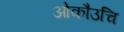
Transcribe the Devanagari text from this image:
ओकौउचि